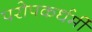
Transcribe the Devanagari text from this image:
परोपकर्धर्मी